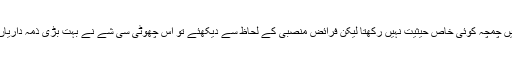
ویسے تو برتنوں میں چمچہ کوئی خاص حیثیت نہیں رکھتا لیکن فرائضِ منصبی کے لحاظ سے دیکھئے تو اس چھوٹی سی شے نے بہت بڑی ذمہ داریاں سنبھال رکھی ہیں۔